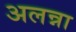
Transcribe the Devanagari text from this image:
अलन्ना